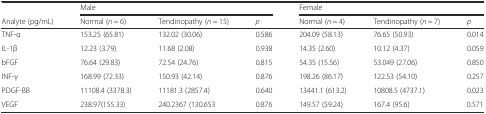
<table><thead><tr><td></td><td colspan="3"><b>Male</b></td><td colspan="3"><b>Female</b></td></tr><tr><td><b>Analyte (pg/mL)</b></td><td><b>Normal (<i>n</i> = 6)</b></td><td><b>Tendinopathy (<i>n</i> = 15)</b></td><td><b><i>p</i></b></td><td><b>Normal (<i>n</i> = 4)</b></td><td><b>Tendinopathy (<i>n</i> = 7)</b></td><td><b><i>p</i></b></td></tr></thead><tbody><tr><td>TNF-α</td><td>153.25 (65.81)</td><td>132.02 (30.06)</td><td>0.586</td><td>204.09 (58.13)</td><td>76.65 (50.93)</td><td>0.014</td></tr><tr><td>IL-1β</td><td>12.23 (3.79)</td><td>11.68 (2.08)</td><td>0.938</td><td>14.35 (2.60)</td><td>10.12 (4.37)</td><td>0.059</td></tr><tr><td>bFGF</td><td>76.64 (29.83)</td><td>72.54 (24.76)</td><td>0.815</td><td>54.35 (15.56)</td><td>53.049 (27.06)</td><td>0.850</td></tr><tr><td>INF-γ</td><td>168.99 (72.33)</td><td>150.93 (42.14)</td><td>0.876</td><td>198.26 (86.17)</td><td>122.53 (54.10)</td><td>0.257</td></tr><tr><td>PDGF-BB</td><td>11108.4 (3378.3)</td><td>11181.3 (2857.4)</td><td>0.640</td><td>13441.1 (613.2)</td><td>10808.5 (4737.1)</td><td>0.023</td></tr><tr><td>VEGF</td><td>238.97(155.33)</td><td>240.2367 (130.653</td><td>0.876</td><td>149.57 (59.24)</td><td>167.4 (95.6)</td><td>0.571</td></tr></tbody></table>